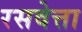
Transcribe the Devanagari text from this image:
रसवेत्ता